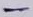
Text: -